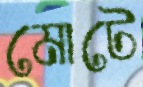
মোটে